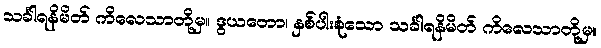
သင်္ခါရနိမိတ် ကိလေသာတို့မှ။ ဒွယတော၊ နှစ်ပါးစုံသော သင်္ခါရနိမိတ် ကိလေသာတို့မှ။